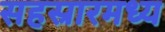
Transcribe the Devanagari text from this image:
सहस्रारमध्य